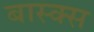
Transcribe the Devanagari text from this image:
बास्क्स